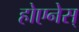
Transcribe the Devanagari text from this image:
होएनेस्